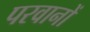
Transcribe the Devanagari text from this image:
परवानों